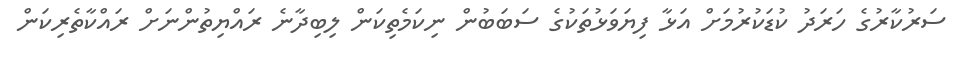
ސަރުކާރުގެ ހަރަދު ކުޑަކުރުމަށް އަޅާ ފިޔަވަޅުތަކުގެ ސަބަބުން ނިކަމެތިކަން ލިބިދާނެ ރައްޔިތުންނަށް ރައްކާތެރިކަން